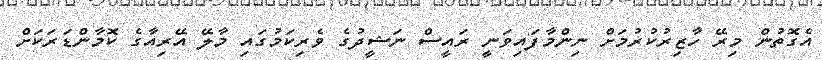
އެގޮތުން މިރޭ ހާޒިރުކުރުމަށް ނިންމާފައިވަނީ ރައީސް ނަޝީދުގެ ވެރިކަމުގައި މާލޭ އޭރިއާގެ ކޮމާންޑަރަކަށް